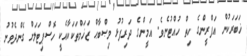
ޚަބަރަކުން އަފްރީންގެ ހިތް ހުއްޓުނެވެ. އަމީންގެ ދަރިފުޅު މިޞްބާޙް ޒަޚަމްތަކަކާއެކީ ހޮސްޕިޓަލަށް ގެންދެވުނު